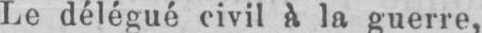
Le délégué civil à la guerre,